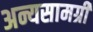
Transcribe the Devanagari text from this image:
अन्यसामग्री